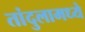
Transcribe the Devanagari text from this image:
तांदुलामध्ये